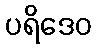
ပရိဒေဝ